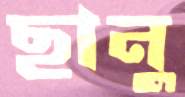
ছানু